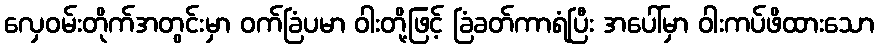
လှေဝမ်းတိုက်အတွင်းမှာ ဝက်ခြံပမာ ဝါးတို့ဖြင့် ခြံခတ်ကာရံပြီး အပေါ်မှာ ဝါးကပ်ဖိထားသော